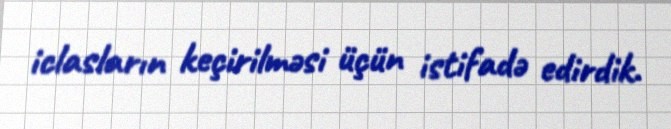
iclasların keçirilməsi üçün istifadə edirdik.